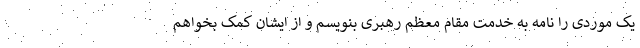
یک موردی را نامه به خدمت مقام معظم رهبری بنویسم و از ایشان کمک بخواهم